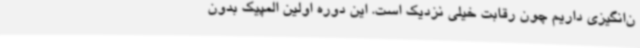
ن‌انگیزی داریم چون رقابت خیلی نزدیک است. این دوره اولین المپیک بدون